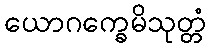
ယောဂက္ခေမိသုတ္တံ